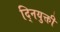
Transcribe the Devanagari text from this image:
द्नियुक्ती